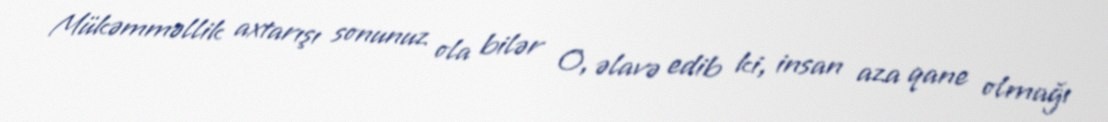
Mükəmməllik axtarışı sonunuz ola bilər O, əlavə edib ki, insan aza qane olmağı